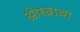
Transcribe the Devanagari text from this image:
ओखावा